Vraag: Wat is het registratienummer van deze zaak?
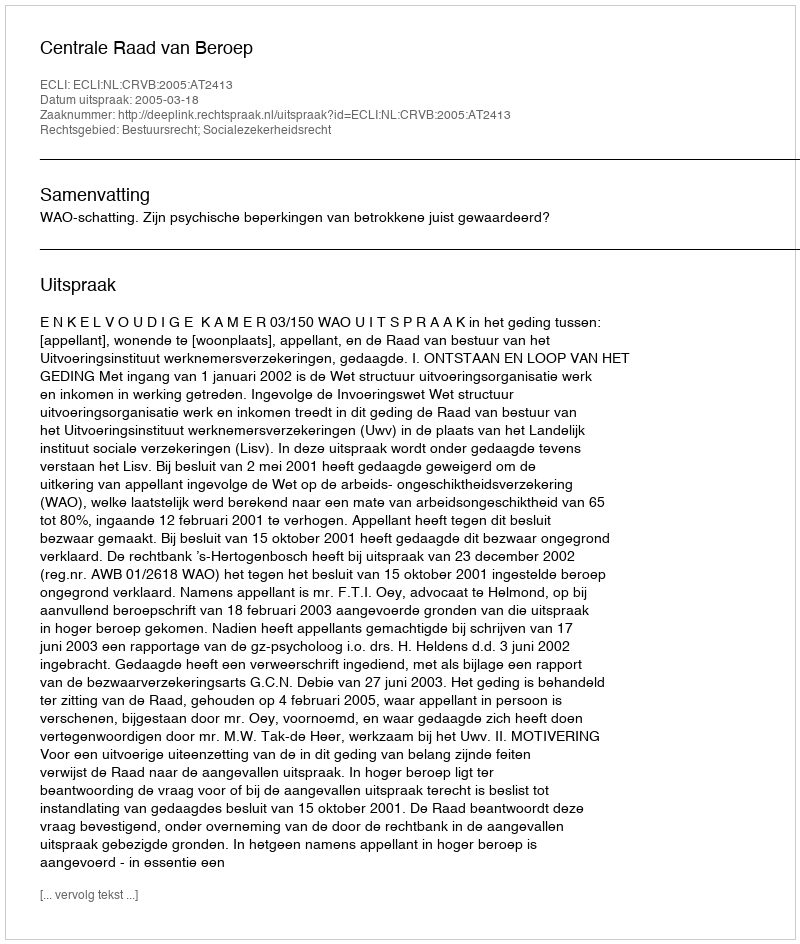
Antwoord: http://deeplink.rechtspraak.nl/uitspraak?id=ECLI:NL:CRVB:2005:AT2413